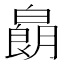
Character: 𱱽